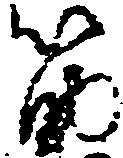
筋